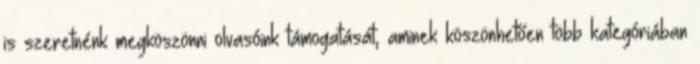
is szeretnénk megköszönni olvasóink támogatását, aminek köszönhetően több kategóriában